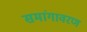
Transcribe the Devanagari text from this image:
समांगावरण